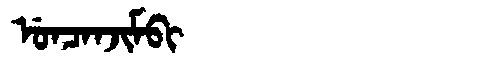
Manchu: ᡠᠨᠴᠠᠨᠵᡳᠮᠪᡳ
Romanization: UNCANJIMBI